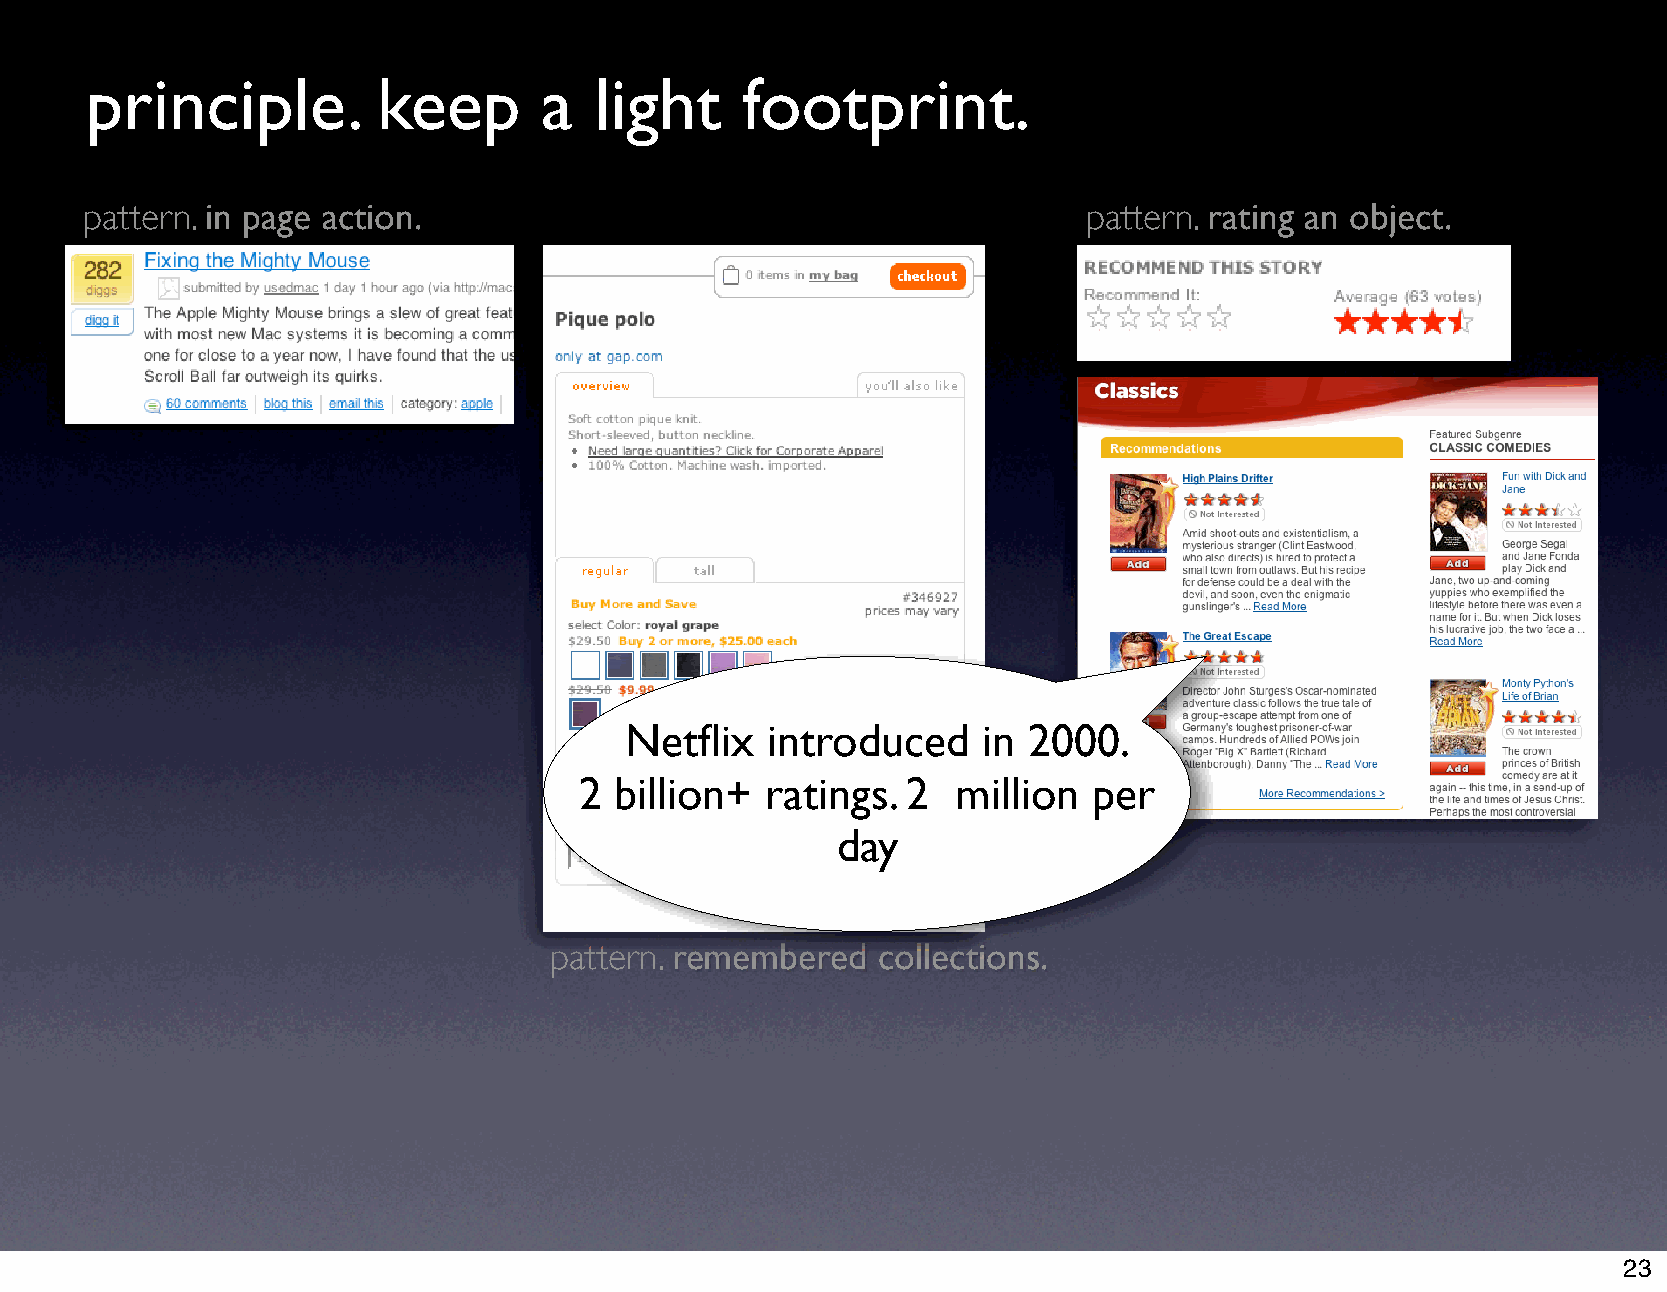
principle.         keep       a  light     footprint.
 pattern. in page action.                                          pattern. rating an object.
 Netflix   introduced    in 2000.
 2  billion+  ratings. 2  million  per
 day
 pattern. remembered   collections.
 23